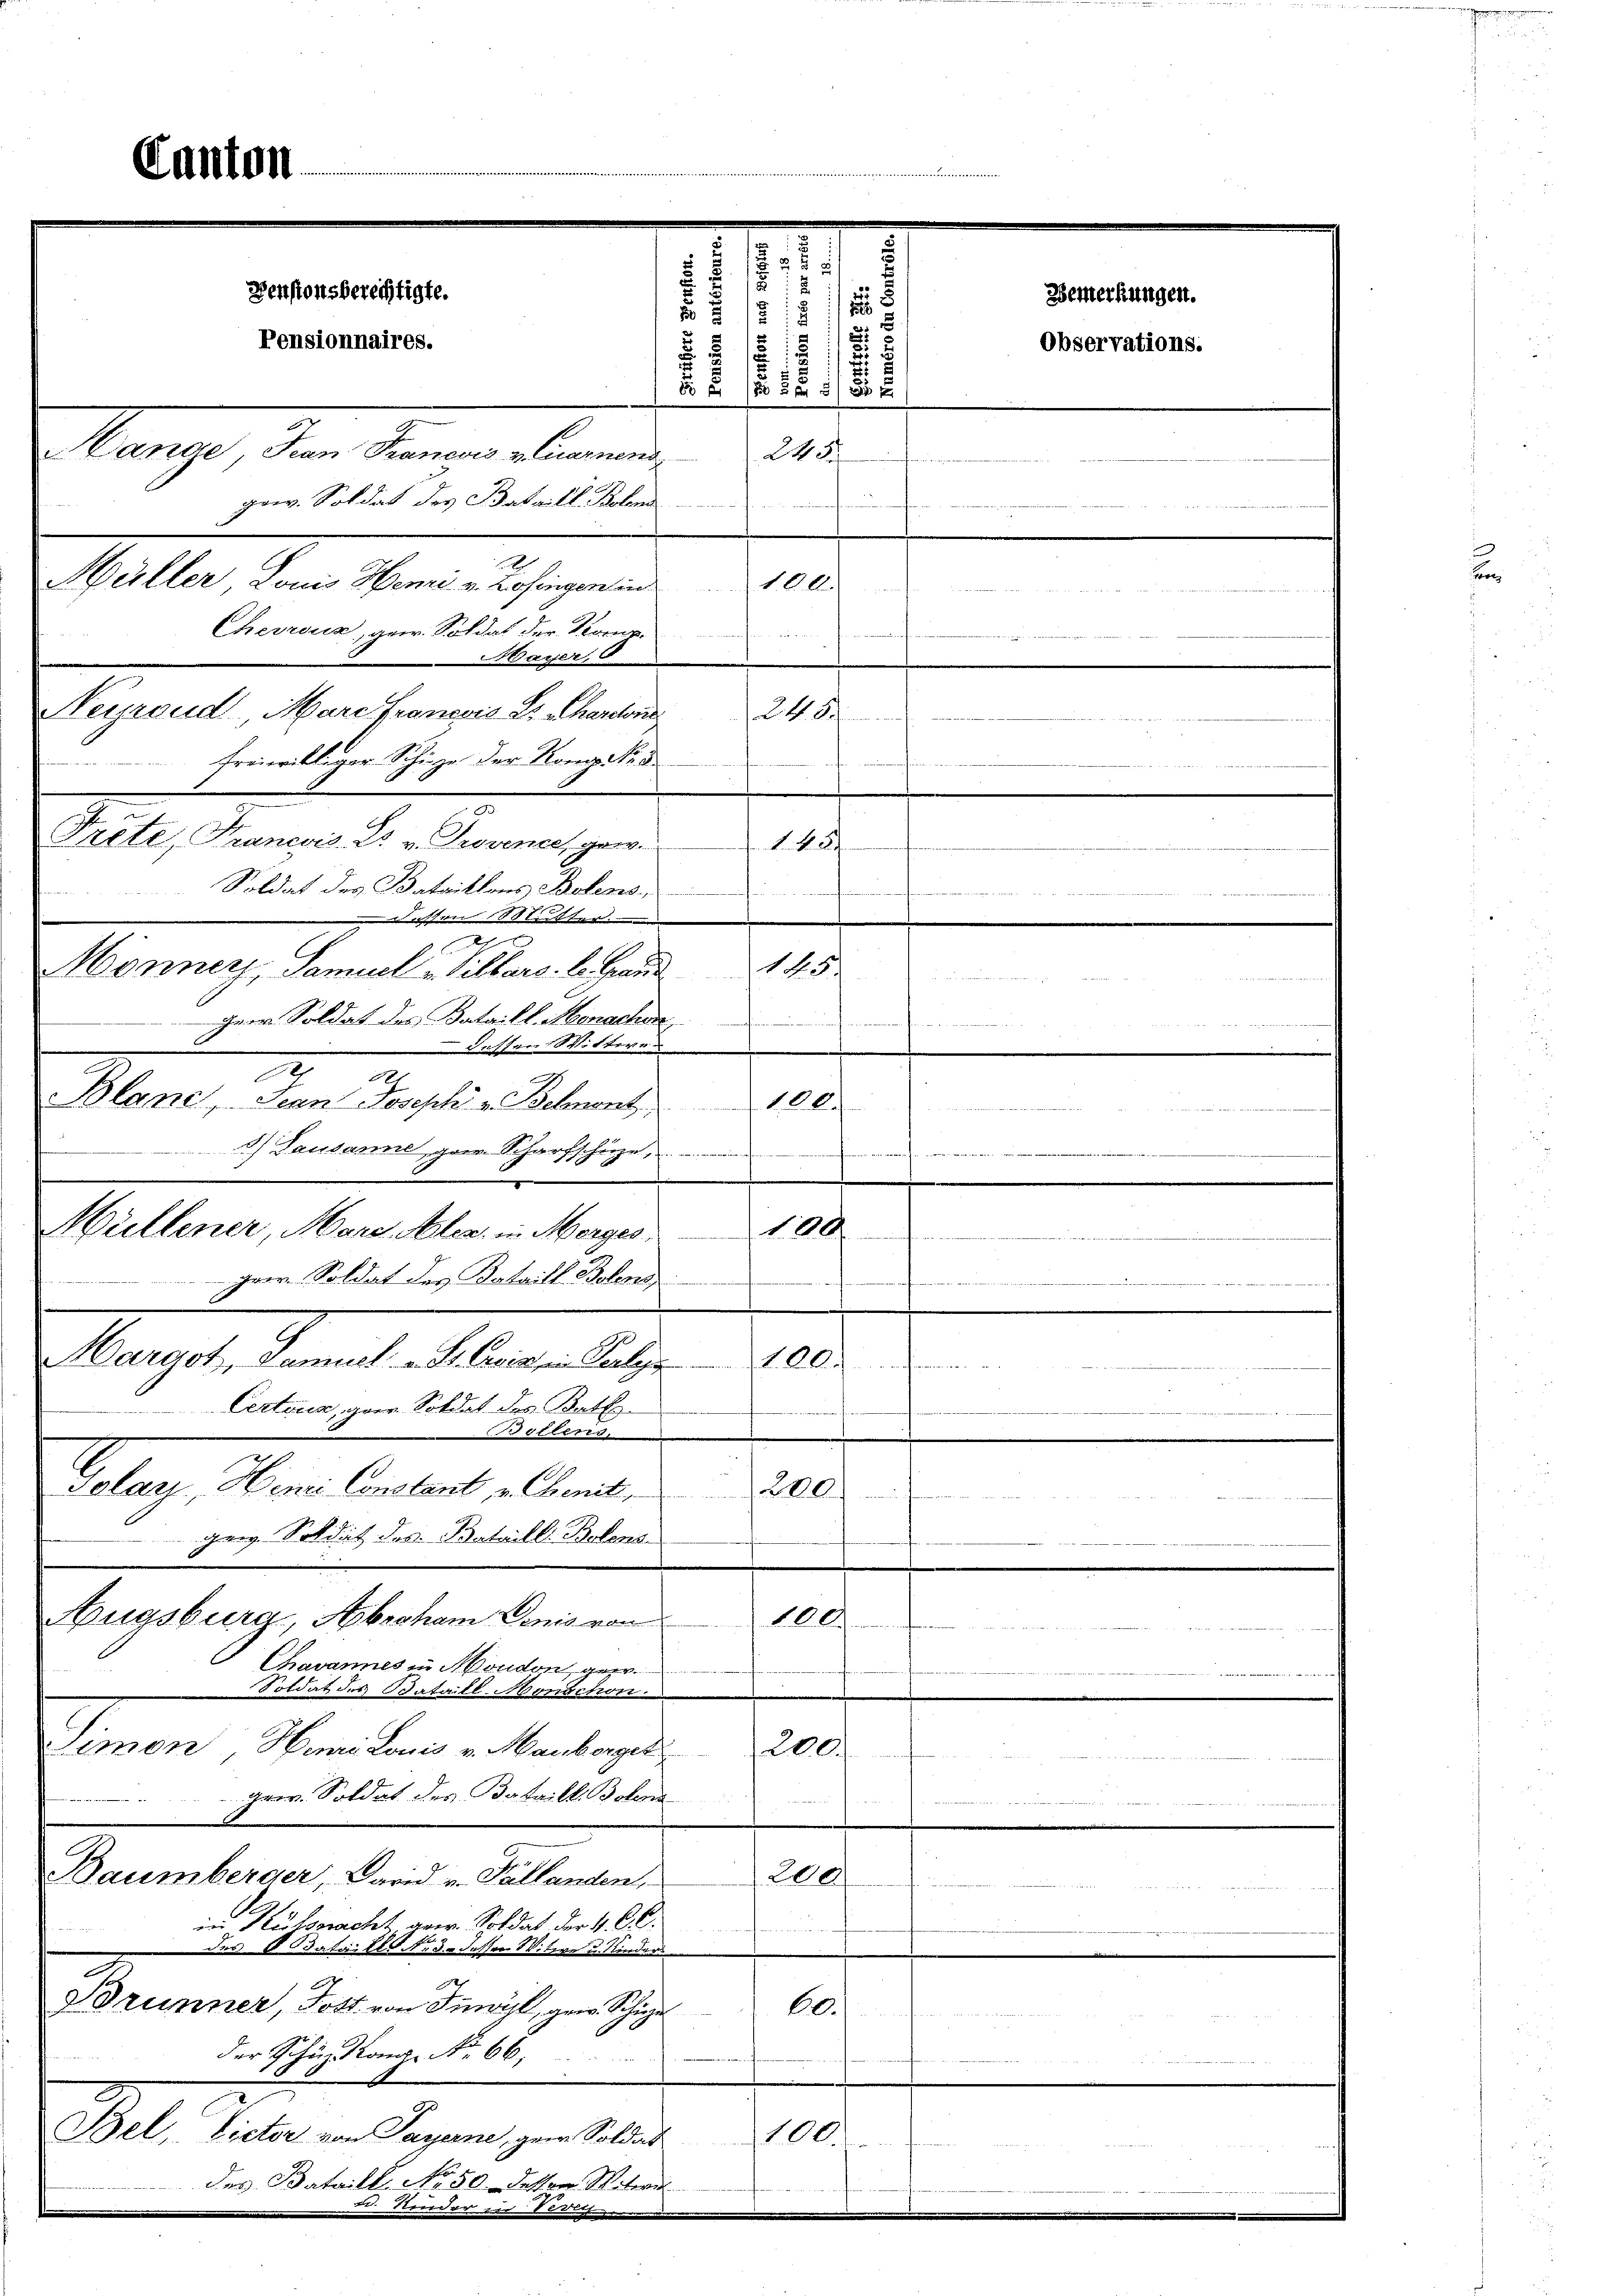
s
Denstonsberechtigte.
Sande Jean Francois v. Lucernen
245.
gew. Soldat des Bataill Bolona
Hüller Louis Henri v. Zofingen in
100.
7
Chevrouz, gew. Soldat der Komp
ayer, 6
Neyroud Mare Francois Dr. Schardon
240

Canton

Pensionnaires.

4 x

5.
g
5
s
d

1
2
.

 f 0 x x

Soldat des Bataillons Bolens,
n
Lassen 18ttter
d
Honners, Samuel Silbars, le Grand 145
Herrn Soldat des Batails Morachen
dessen Wittwe
.
S
Blanc, Jean Joseph v. Belmont 100.
d.) Lausanne gar Scharfschüze...........
1
100
Hüllener, Mare. Aber, in Morges
gerre. Soldat des Bataill. Bolen
.
Hardot, Samuel - St. Greisen Perles
100.

Certour, gern. Soldat des Ball
S
ollens.
Jolan, Henri Constant, u. benit
220
genz Soldat des Bataille Belens
Augsbura, Abraham Donis von
100.
s
Chavannes in Moudon geer
Soldat des Bataill-Monnchen.
Simon, Hurni Louis v. Marborget
200.

gew. Soldat des Bataill Bohlen
n
200
Baumberger, David u. Tallanden,
in Küssnacht gew. Soldat der 4. C. c.
n
des Bataille Nr. 3. desser Witwe u. Kinders
Brunner, Post von Inwyl, zur Schie
60.
der Schuh Kong. No. 66,
Bel, Victor von Payerne, zur Soldat
100
des Bataill No 50. Destor Witwe
Dr. Sonder zu e
.
e

freiwilliger Schüze der Komp Nr. 3.
.
Trete, Franesis. Dr. v. Provener gew.

148.

han um ein

twinde u
.............

e

Observations.

Bemerkungen.